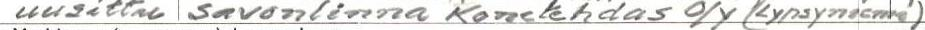
uusittu Savonlinna Konetehdas O/Y (Lypsyniemi)